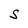
Character: S